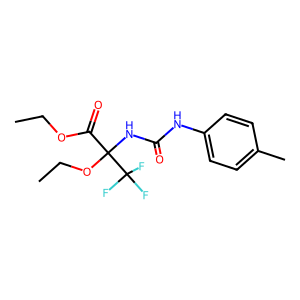
SMILES: CCOC(=O)C(NC(=O)Nc1ccc(C)cc1)(OCC)C(F)(F)F
Inhibits HIV replication: No